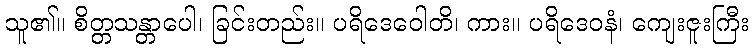
သူ၏။ စိတ္တသန္တာပေါ၊ ခြင်းတည်း။ ပရိဒေဝေါတိ၊ ကား။ ပရိဒေဝနံ၊ ကျေးဇူးကြီး